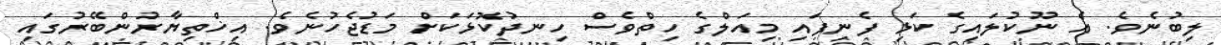
ލިބުނެވެ. އެ ނޫކުލައިގެ ކަޅި ފެނިފައި މިއަލްގެ ހިތްވެސް ހިނދުކޮޅަކަށް މަޑުޖެހުނެވެ. އިޚްތިޔާރުންބޭރުގައި